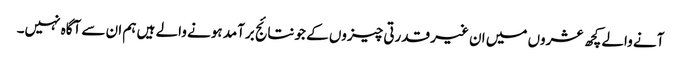
آنے والے کچھ عشروں میں ان غیر قدرتی چیزوں کے جو نتائج برآمد ہونے والے ہیں ہم ان سے آگاہ نہیں۔